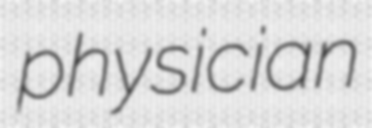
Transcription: physician